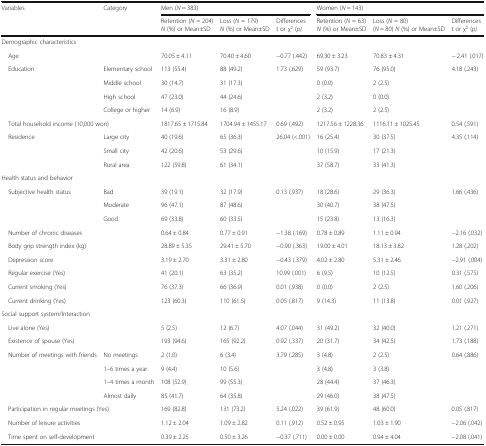
<table><thead><tr><td><b>Variables</b></td><td><b>Category</b></td><td colspan="3"><b>Men (<i>N</i> = 383)</b></td><td colspan="3"><b>Women (<i>N</i> = 143)</b></td></tr><tr><td></td><td></td><td><b>Retention (<i>N</i> = 204)<i>N</i> (%) or Mean±SD</b></td><td><b>Loss (<i>N</i> = 179)<i>N</i> (%) or Mean±SD</b></td><td><b>Differencest or χ<sup>2</sup> (<i>p)</i></b></td><td><b>Retention (<i>N</i> = 63)<i>N</i> (%) or Mean±SD</b></td><td><b>Loss (<i>N</i> = 80)(<i>N</i> = 80) <i>N</i> (%) or Mean±SD</b></td><td><b>Differencest or χ<sup>2</sup> (<i>p)</i></b></td></tr></thead><tbody><tr><td colspan="8">Demographic characteristics</td></tr><tr><td> Age</td><td></td><td>70.05 ± 4.11</td><td>70.40 ± 4.60</td><td>−0.77 (.442)</td><td>69.30 ± 3.23</td><td>70.83 ± 4.31</td><td>− 2.41 (.017)</td></tr><tr><td rowspan="4"> Education</td><td>Elementary school</td><td>113 (55.4)</td><td>88 (49.2)</td><td>1.73 (.629)</td><td>59 (93.7)</td><td>76 (95.0)</td><td>4.18 (.243)</td></tr><tr><td>Middle school</td><td>30 (14.7)</td><td>31 (17.3)</td><td></td><td>0 (0.0)</td><td>2 (2.5)</td><td></td></tr><tr><td>High school</td><td>47 (23.0)</td><td>44 (24.6)</td><td></td><td>2 (3.2)</td><td>0 (0.0)</td><td></td></tr><tr><td>College or higher</td><td>14 (6.9)</td><td>16 (8.9)</td><td></td><td>2 (3.2)</td><td>2 (2.5)</td><td></td></tr><tr><td colspan="2"> Total household income (10,000 won)</td><td>1817.65 ± 1715.84</td><td>1704.94 ± 1455.17</td><td>0.69 (.492)</td><td>1217.56 ± 1228.36</td><td>1116.11 ± 1025.45</td><td>0.54 (.591)</td></tr><tr><td rowspan="3"> Residence</td><td>Large city</td><td>40 (19.6)</td><td>65 (36.3)</td><td>26.04 (&lt;.001)</td><td>16 (25.4)</td><td>30 (37.5)</td><td>4.35 (.114)</td></tr><tr><td>Small city</td><td>42 (20.6)</td><td>53 (29.6)</td><td></td><td>10 (15.9)</td><td>17 (21.3)</td><td></td></tr><tr><td>Rural area</td><td>122 (59.8)</td><td>61 (34.1)</td><td></td><td>37 (58.7)</td><td>33 (41.3)</td><td></td></tr><tr><td colspan="8">Health status and behavior</td></tr><tr><td rowspan="3"> Subjective health status</td><td>Bad</td><td>39 (19.1)</td><td>32 (17.9)</td><td>0.13 (.937)</td><td>18 (28.6)</td><td>29 (36.3)</td><td>1.66 (.436)</td></tr><tr><td>Moderate</td><td>96 (47.1)</td><td>87 (48.6)</td><td></td><td>30 (40.7)</td><td>38 (47.5)</td><td></td></tr><tr><td>Good</td><td>69 (33.8)</td><td>60 (33.5)</td><td></td><td>15 (23.8)</td><td>13 (16.3)</td><td></td></tr><tr><td colspan="2"> Number of chronic diseases</td><td>0.64 ± 0.84</td><td>0.77 ± 0.91</td><td>−1.38 (.169)</td><td>0.78 ± 0.89</td><td>1.11 ± 0.94</td><td>−2.16 (.032)</td></tr><tr><td colspan="2"> Body grip strength index (kg)</td><td>28.89 ± 5.35</td><td>29.41 ± 5.70</td><td>−0.90 (.363)</td><td>19.00 ± 4.01</td><td>18.13 ± 3.82</td><td>1.28 (.202)</td></tr><tr><td colspan="2"> Depression score</td><td>3.19 ± 2.70</td><td>3.31 ± 2.80</td><td>−0.43 (.379)</td><td>4.02 ± 2.80</td><td>5.31 ± 2.46</td><td>−2.91 (.004)</td></tr><tr><td colspan="2"> Regular exercise (Yes)</td><td>41 (20.1)</td><td>63 (35.2)</td><td>10.99 (.001)</td><td>6 (9.5)</td><td>10 (12.5)</td><td>0.31 (.575)</td></tr><tr><td colspan="2"> Current smoking (Yes)</td><td>76 (37.3)</td><td>66 (36.9)</td><td>0.01 (.938)</td><td>0 (0.0)</td><td>2 (2.5)</td><td>1.60 (.206)</td></tr><tr><td colspan="2"> Current drinking (Yes)</td><td>123 (60.3)</td><td>110 (61.5)</td><td>0.05 (.817)</td><td>9 (14.3)</td><td>11 (13.8)</td><td>0.01 (.927)</td></tr><tr><td colspan="8">Social support system/Interaction</td></tr><tr><td colspan="2"> Live alone (Yes)</td><td>5 (2.5)</td><td>12 (6.7)</td><td>4.07 (.044)</td><td>31 (49.2)</td><td>32 (40.0)</td><td>1.21 (.271)</td></tr><tr><td colspan="2"> Existence of spouse (Yes)</td><td>193 (94.6)</td><td>165 (92.2)</td><td>0.92 (.337)</td><td>20 (31.7)</td><td>34 (42.5)</td><td>1.73 (.188)</td></tr><tr><td rowspan="4"> Number of meetings with friends</td><td>No meetings</td><td>2 (1.0)</td><td>6 (3.4)</td><td>3.79 (.285)</td><td>3 (4.8)</td><td>2 (2.5)</td><td>0.64 (.886)</td></tr><tr><td>1–6 times a year</td><td>9 (4.4)</td><td>10 (5.6)</td><td></td><td>3 (4.8)</td><td>3 (3.8)</td><td></td></tr><tr><td>1–4 times a month</td><td>108 (52.9)</td><td>99 (55.3)</td><td></td><td>28 (44.4)</td><td>37 (46.3)</td><td></td></tr><tr><td>Almost daily</td><td>85 (41.7)</td><td>64 (35.8)</td><td></td><td>29 (46.0)</td><td>38 (47.5)</td><td></td></tr><tr><td colspan="2"> Participation in regular meetings (Yes)</td><td>169 (82.8)</td><td>131 (73.2)</td><td>5.24 (.022)</td><td>39 (61.9)</td><td>48 (60.0)</td><td>0.05 (.817)</td></tr><tr><td> Number of leisure activities</td><td></td><td>1.12 ± 2.04</td><td>1.09 ± 2.82</td><td>0.11 (.912)</td><td>0.52 ± 0.95</td><td>1.03 ± 1.90</td><td>−2.06 (.042)</td></tr><tr><td> Time spent on self-development</td><td></td><td>0.39 ± 2.25</td><td>0.50 ± 3.26</td><td>−0.37 (.711)</td><td>0.00 ± 0.00</td><td>0.94 ± 4.04</td><td>−2.08 (.041)</td></tr></tbody></table>